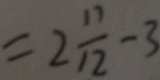
= 2 \frac { 1 1 } { 1 2 } - 3